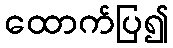
ထောက်ပြ၍